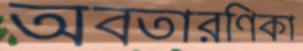
অবতারণিকা